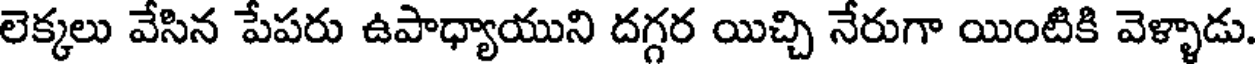
లెక్కలు వేసిన పేపరు ఉపాధ్యాయుని దగ్గర యిచ్చి నేరుగా యింటికి వెళ్ళాడు.